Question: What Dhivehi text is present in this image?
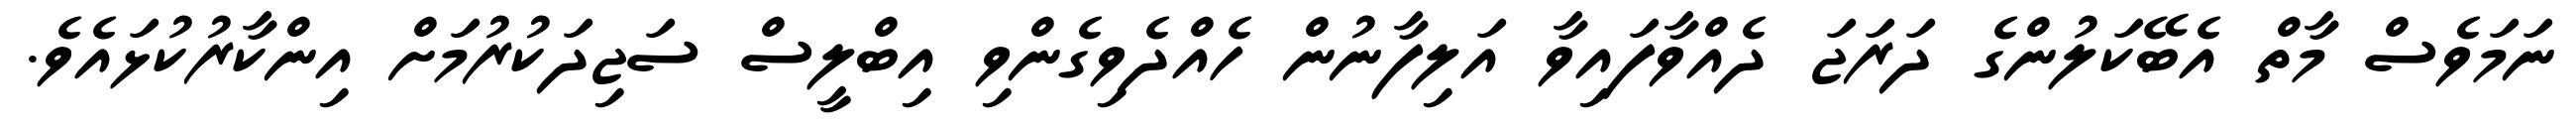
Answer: ނަމަވެސް މާތް އެބޭކަލުންގެ ދަރަޖަ ދެއްވާފައިވާ އަލިފާނުން ހެއްދެވިގެންވި އިބްލީސް ސަޖިދަކުރުމަށް އިންކާރުކުޅައެވެ.